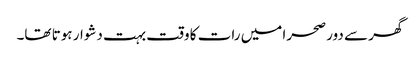
گھر سے دور صحرا میں رات کا وقت بہت دشوار ہوتا تھا۔